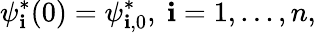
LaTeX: \psi_{\mathbf{i}}^{*}(0)=\psi_{\mathbf{i},0}^{*},\ \mathbf{i}=1,...,n,